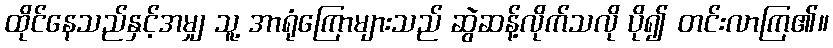
ထိုင်နေသည်နှင့်အမျှ သူ့ အာရုံကြောများသည် ဆွဲဆန့်လိုက်သလို ပို၍ တင်းလာကြ၏။